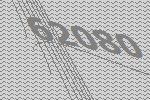
62080